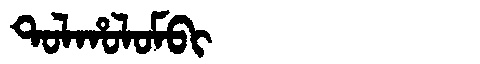
Manchu: ᡨᠣᠯᡥᠣᠯᠣᠮᠪᡳ
Romanization: TOLHOLOMBI